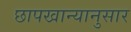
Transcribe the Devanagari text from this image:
छापखान्यानुसार